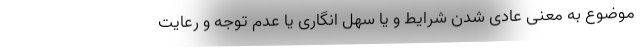
موضوع به معنی عادی شدن شرایط و یا سهل انگاری یا عدم توجه و رعایت